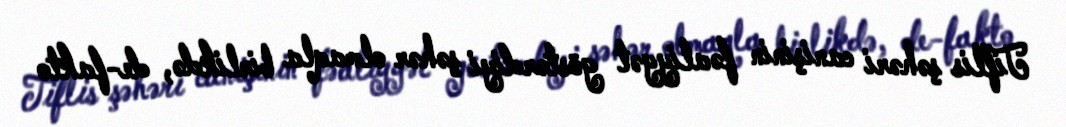
Tiflis şəhəri canişinin fəaliyyət göstərdiyi şəhər olmaqla birlikdə, de-fakto